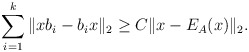
\begin{align*} \sum_{i=1}^k\|xb_i-b_i x\|_2\geq C \|x-E_A(x)\|_2.\end{align*}